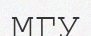
МГУ